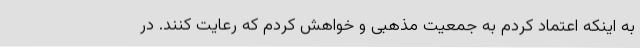
به اینکه اعتماد کردم به جمعیت مذهبی و خواهش کردم که رعایت کنند. در